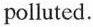
polluted.